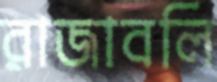
রাজাবলি